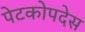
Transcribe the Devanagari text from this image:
पेटकोपदेस